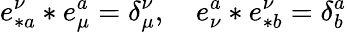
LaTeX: e_{\ast a}^{\nu}\ast e_{\mu}^{a}=\delta_{\mu}^{\nu},\quad e_{\nu}^{a}\ast e_{\ast b}^{\nu}=\delta_{b}^{a}